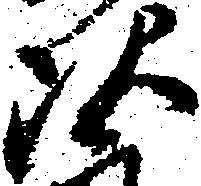
次